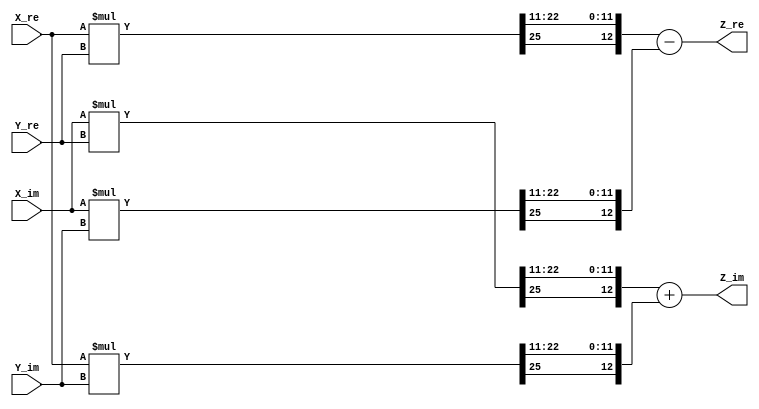
module cmul #(parameter WIDTH = 13)(
	input signed [WIDTH-1:0] X_re, X_im, 
	input signed [13-1:0] Y_re, Y_im, 
	output reg signed [WIDTH-1:0] Z_re, Z_im
);	
	
	reg signed [WIDTH+13-1:0] tmp1, tmp2, tmp3, tmp4;
	reg signed [WIDTH-1:0] tmp1_t, tmp2_t, tmp3_t, tmp4_t;
	
	always @(*) begin
		tmp1 = X_re * Y_re;
		tmp1_t = {tmp1[WIDTH+13-1], tmp1[23+WIDTH-13-1:23-1], tmp1[22-1:12-1]};
		tmp2 = X_im * Y_im;
		tmp2_t = {tmp2[WIDTH+13-1], tmp2[23+WIDTH-13-1:23-1], tmp2[22-1:12-1]};
		tmp3 = X_im * Y_re;
		tmp3_t = {tmp3[WIDTH+13-1], tmp3[23+WIDTH-13-1:23-1], tmp3[22-1:12-1]};
		tmp4 = X_re * Y_im;
		tmp4_t = {tmp4[WIDTH+13-1], tmp4[23+WIDTH-13-1:23-1], tmp4[22-1:12-1]};
		
		Z_re = tmp1_t - tmp2_t;
		Z_im = tmp3_t + tmp4_t;
	end

endmodule